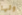
ولها